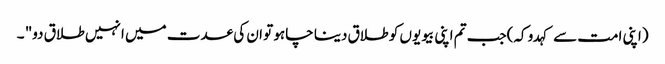
(اپنی امت سے کہدو کہ)جب تم اپنی بیویوں کو طلاق دینا چاہو تو ان کی عدت میں انہیں طلاق دو" ۔